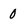
Character: 0